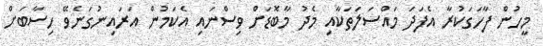
މީހުން ފާހަގަކުރާ އެފަދަ މައްސަލަތަކާއި މެދު މާބޮޑަށް ވިސްނައި އެކަމުން އަރައިނުގަނެވޭ ހިސާބަށް